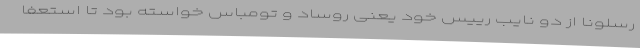
رسلونا از دو نایب رییس خود یعنی روساد و تومباس خواسته بود تا استعفا